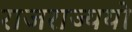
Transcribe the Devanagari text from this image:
राजराज्ययो